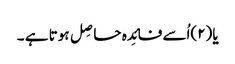
یا(۲)اُسے فائِدہ حاصِل ہوتا ہے ۔